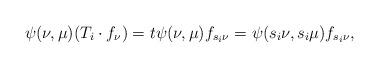
LaTeX: \begin{align*}\psi(\nu,\mu)(T_i \cdot f_{\nu})=t\psi(\nu,\mu)f_{s_i \nu}=\psi(s_i\nu,s_i\mu)f_{s_i \nu},\end{align*}